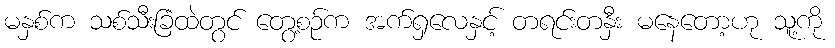
မနှစ်က သစ်သီးခြံထဲတွင် တွေ့စဉ်က အက်ရှလေနှင့် တရင်းတနှီး မနေတော့ဟု သူ့ကို